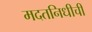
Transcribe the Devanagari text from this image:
मदतनिधीची